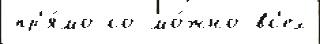
пр'я́мо со мо́жно вс'ех